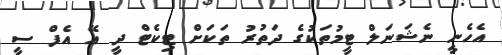
އެހެނީ ނެޝަނަލް ޓީމުތަކުގެ ދަތުރު ތަކަށް ޓިކެޓް ދީ އޭ އެފް ސީ